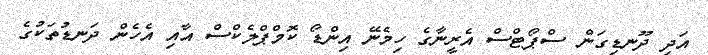
އަދި ދޫނޑިގަން ސްޕޯޓްސް އެރީނާގެ ހިމެނޭ އިންޑޯ ކޮމްޕްލެކްސް އާއި އެހެން ދަނޑުތަކުގެ